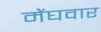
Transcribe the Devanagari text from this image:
मेंघवार